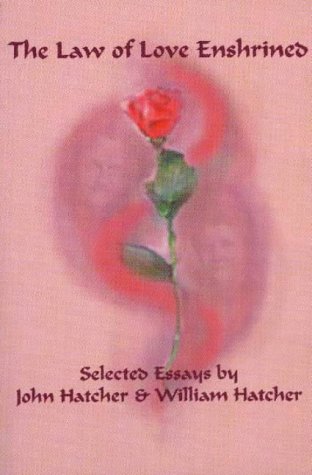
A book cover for The Law of Love Enshrined; John Hatcher; Religion & Spirituality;